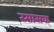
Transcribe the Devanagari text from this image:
स्मासक